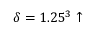
\delta = 1 . 2 5 ^ { 3 } \uparrow